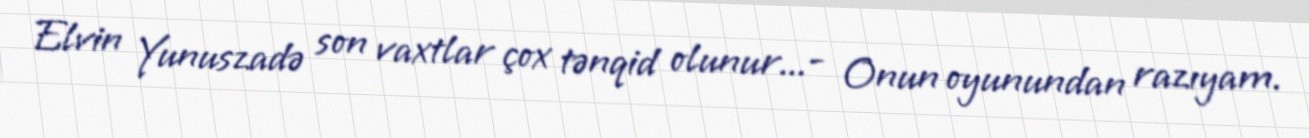
Elvin Yunuszadə son vaxtlar çox tənqid olunur...- Onun oyunundan razıyam.